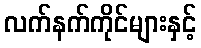
လက်နက်ကိုင်များနှင့်